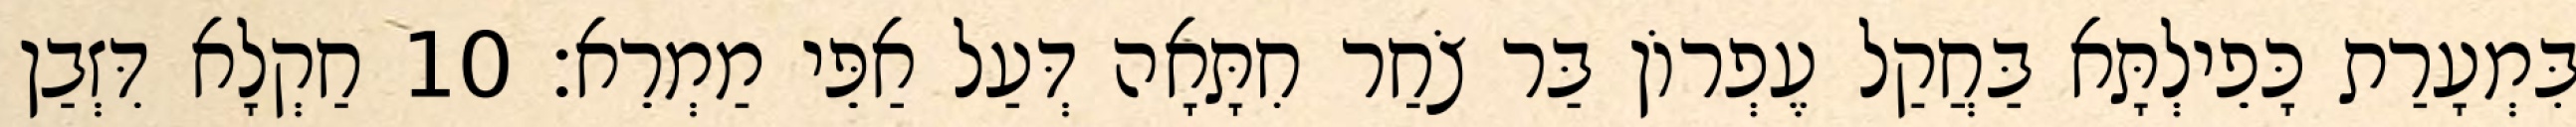
בִּמְעָרַת כָּפֵילְתָּא בַּחֲקַל עֶפְרוֹן בַּר צֹחַר חִתָּאָה דְּעַל אַפֵּי מַמְרֵא׃ 10 חַקְלָא דִּזְבַן